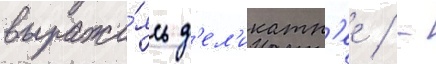
выража́ясь д'ел'икатн'ее / -